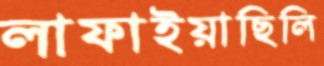
লাফাইয়াছিলি